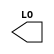
module sky130_fd_sc_hd__macro_sparecell (
    LO
);

    output LO;

    // Voltage supply signals
    supply0 VGND;
    supply0 VNB ;
    supply1 VPB ;
    supply1 VPWR;

endmodule